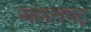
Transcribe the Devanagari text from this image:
महाराषट्र